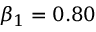
\beta _ { 1 } = 0 . 8 0